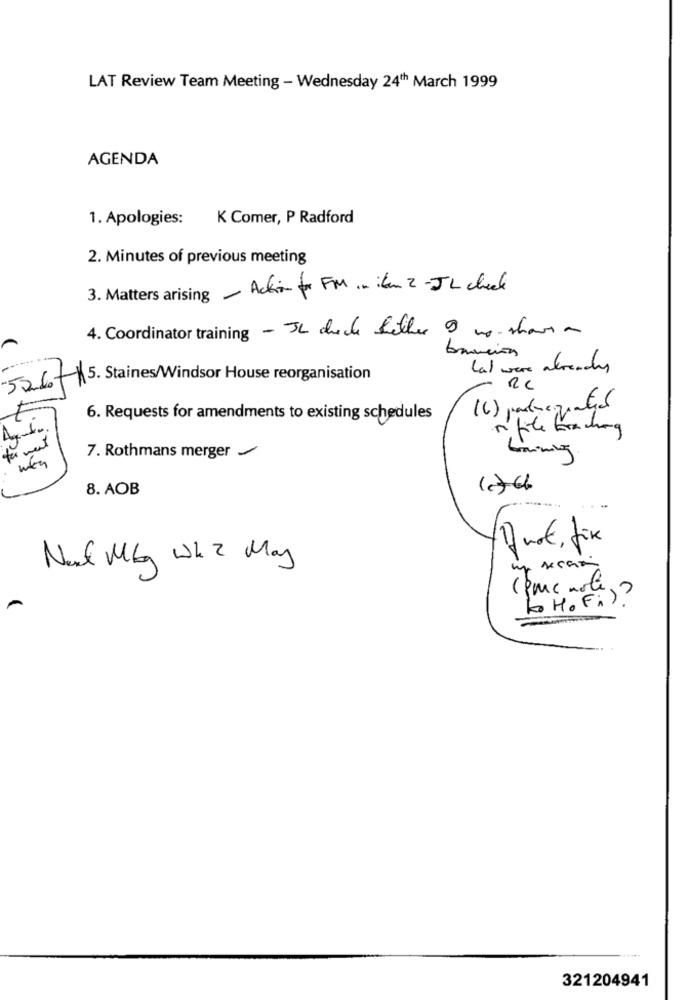
LAT Review Team Meeting - Wednesday 24th March 1999
AGENDA
1. Apologies:
K Comer, P Radford
2. Minutes of previous meeting
3. Matters arising - Action for FM . itm 2 -JL check
4. Coordinator training - JL cheche better 9 no- shows a
bración
Lal were already
5. Staines/Windsor House reorganisation
526
- RC
6. Requests for amendments to existing schedules
ri fite traching
tu ment
Gaming
7. Rothmans merger /
8. AOB
Quot, fix
Next Mkg WK2 May
come mole .
L Ho Fi)?
321204941